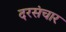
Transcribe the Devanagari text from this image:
दरसंचार